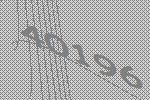
40196